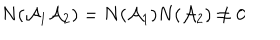
LaTeX: N ( { \cal A } _ { 1 } { \cal A } _ { 2 } ) = N ( { \cal A } _ { 1 } ) N ( { \cal A } _ { 2 } ) \neq 0